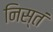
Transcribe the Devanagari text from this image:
निस्तं